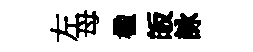
左母楹皈詠